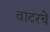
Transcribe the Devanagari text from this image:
वाटरचे